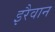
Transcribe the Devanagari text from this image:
इरैवान